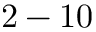
2 - 1 0